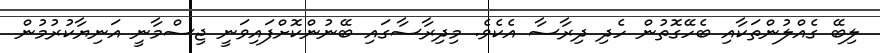
ލިބޭ ގެއްލުންތަކާއި ބެހޭގޮތުން ހެދި ދިރާސާ އެކެވެ. މިދިރާސާގައި ބޭނުންކޮށްފައިވަނީ ޖިސްމާނީ އަނިޔާކުރުމުން